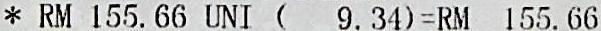
* RM 155.66 UNI (  9.34)=RM 155.66